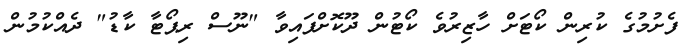
ފެށުމުގެ ކުރިން ކޯޓަށް ހާޒިރުވެ ކޯޓުން ދޫކޮށްފައިވާ "ނޫސް ރިޕޯޓާ ކާޑު" ދެއްކުމުން